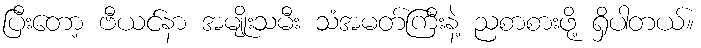
ပြီးတော့ ဗီယင်နာ အမျိုးသမီး သံအမတ်ကြီးနဲ့ ညစာစားဖို့ ရှိပါတယ်။